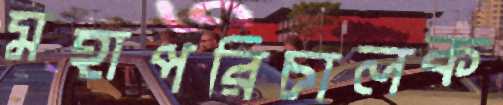
মহাপরিচালক